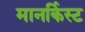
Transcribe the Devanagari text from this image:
मानर्किस्ट